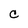
Character: C